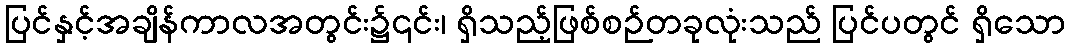
ပြင်နှင့်အချိန်ကာလအတွင်း၌၎င်း၊ ရှိသည့်ဖြစ်စဉ်တခုလုံးသည် ပြင်ပတွင် ရှိသော